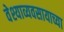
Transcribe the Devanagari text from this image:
वेश्याव्यवसायाच्या